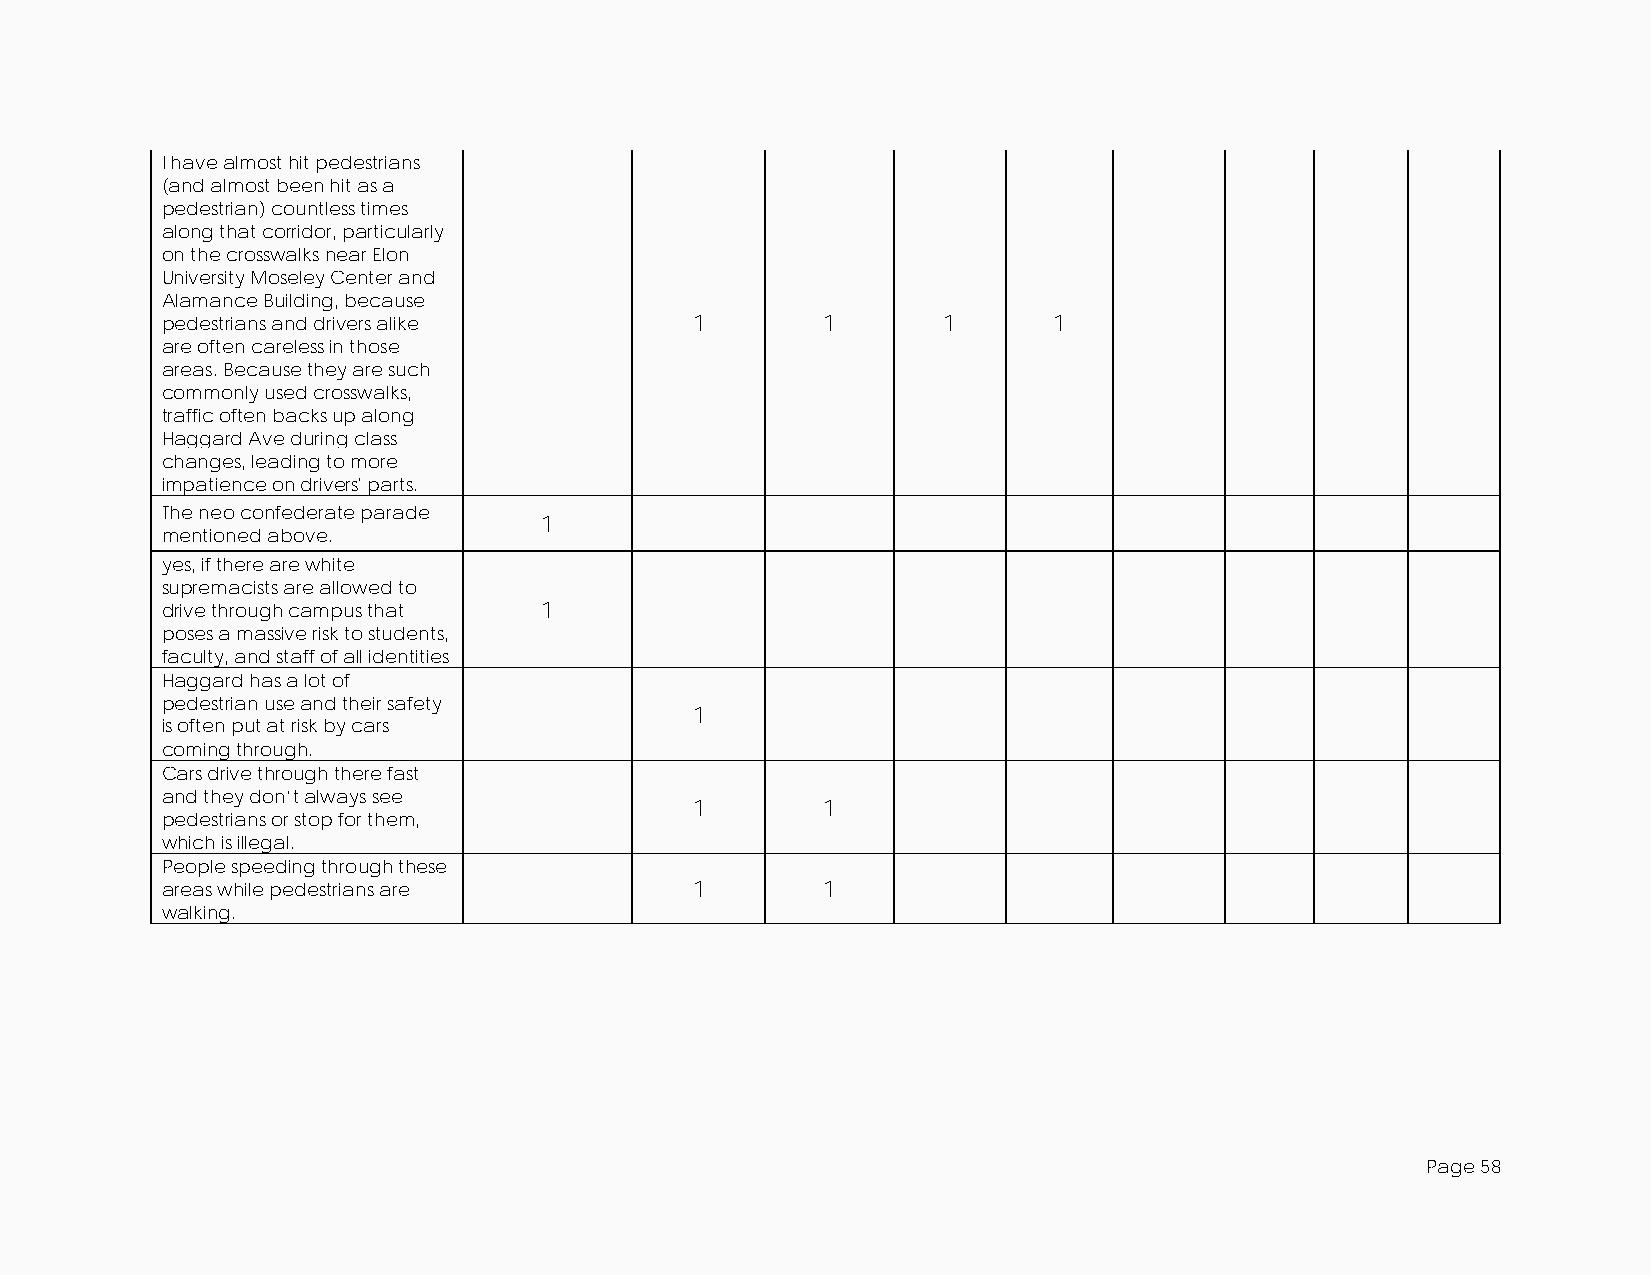
I have almost hit pedestrians
 (and almost been hit as a
 pedestrian) countless times
 along that corridor, particularly
 on the crosswalks near Elon
 University Moseley Center and
 Alamance Building, because
 pedestrians and drivers alike      1       1       1       1
 are often careless in those
 areas. Because they are such
 commonly used crosswalks,
 traffic often backs up along
 Haggard Ave during class
 changes, leading to more
 impatience on drivers' parts.
 The neo confederate parade
 1
 mentioned above.
 yes, if there are white
 supremacists are allowed to
 drive through campus that 1
 poses a massive risk to students,
 faculty, and staff of all identities
 Haggard has a lot of
 pedestrian use and their safety
 1
 is often put at risk by cars
 coming through.
 Cars drive through there fast
 and they don’t always see
 1       1
 pedestrians or stop for them,
 which is illegal.
 People speeding through these
 areas while pedestrians are        1       1
 walking.
 Page 58